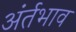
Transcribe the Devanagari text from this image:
अंर्तभाव